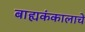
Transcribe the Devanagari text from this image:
बाह्यकंकालाचे